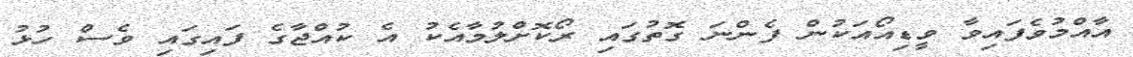
އާއްމުވެފައިވާ ވީޑިއޯއަކުން ފެންނަ ގޮތުގައި ރޯކޮށްލުމާއެކު އެ ކުއްޖާގެ ފައިގައި ވެސް ހުޅު